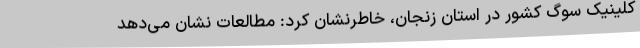
کلینیک سوگ کشور در استان زنجان، خاطرنشان کرد: مطالعات نشان می‌دهد